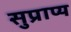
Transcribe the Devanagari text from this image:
सुप्राप्य